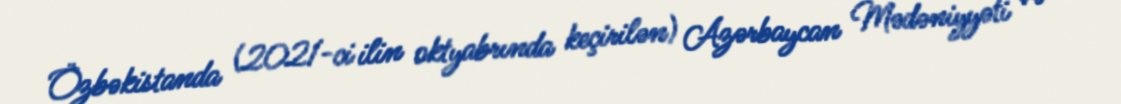
Özbəkistanda (2021-ci ilin oktyabrında keçirilən) Azərbaycan Mədəniyyəti və